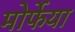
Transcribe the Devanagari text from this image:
मोर्फेया